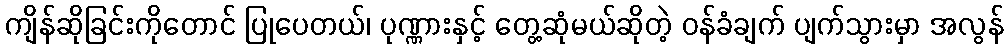
ကျိန်ဆိုခြင်းကိုတောင် ပြုပေတယ်၊ ပုဏ္ဏားနှင့် တွေ့ဆုံမယ်ဆိုတဲ့ ဝန်ခံချက် ပျက်သွားမှာ အလွန်